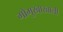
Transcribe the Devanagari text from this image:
गोमुखाखाली